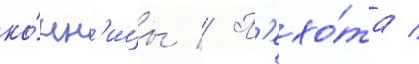
ко́нн'ицы // П'ехо́та /